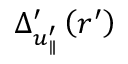
\Delta _ { u _ { \parallel } ^ { \prime } } ^ { \prime } \left( r ^ { \prime } \right)